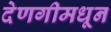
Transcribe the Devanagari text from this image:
देणगीमधून